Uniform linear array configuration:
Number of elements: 8
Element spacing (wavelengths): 0.75
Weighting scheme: uniform
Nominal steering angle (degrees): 15
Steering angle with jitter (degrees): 14.862
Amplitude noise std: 0.05
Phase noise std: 0.05

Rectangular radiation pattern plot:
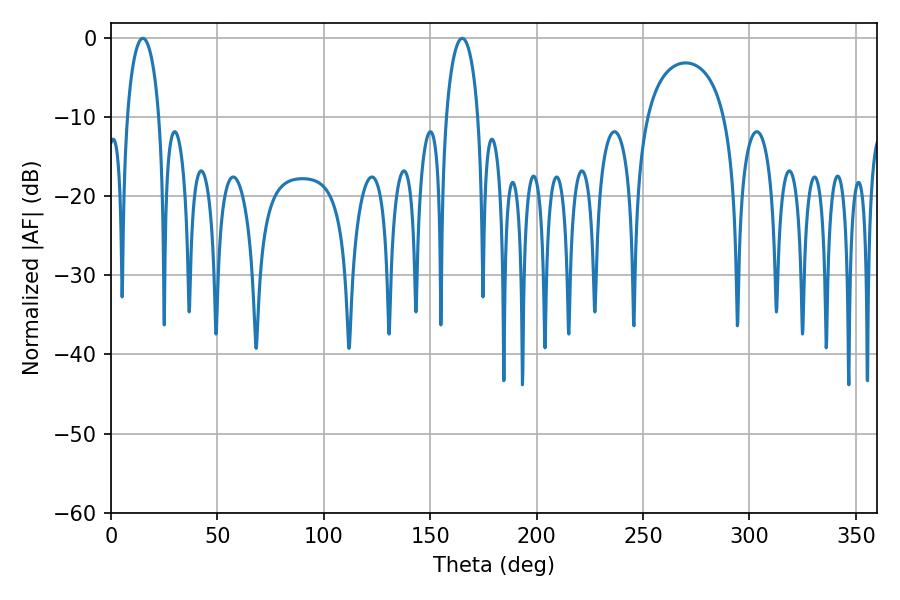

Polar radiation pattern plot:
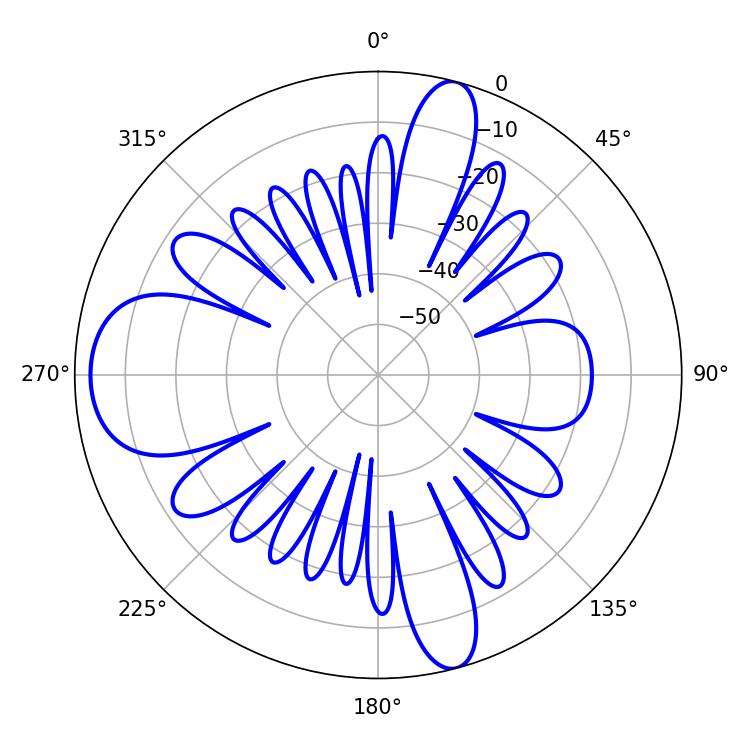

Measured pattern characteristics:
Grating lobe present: TRUE
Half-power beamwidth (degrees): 8.64
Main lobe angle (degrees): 14.94